Martna_vallavalitsus, lk 42
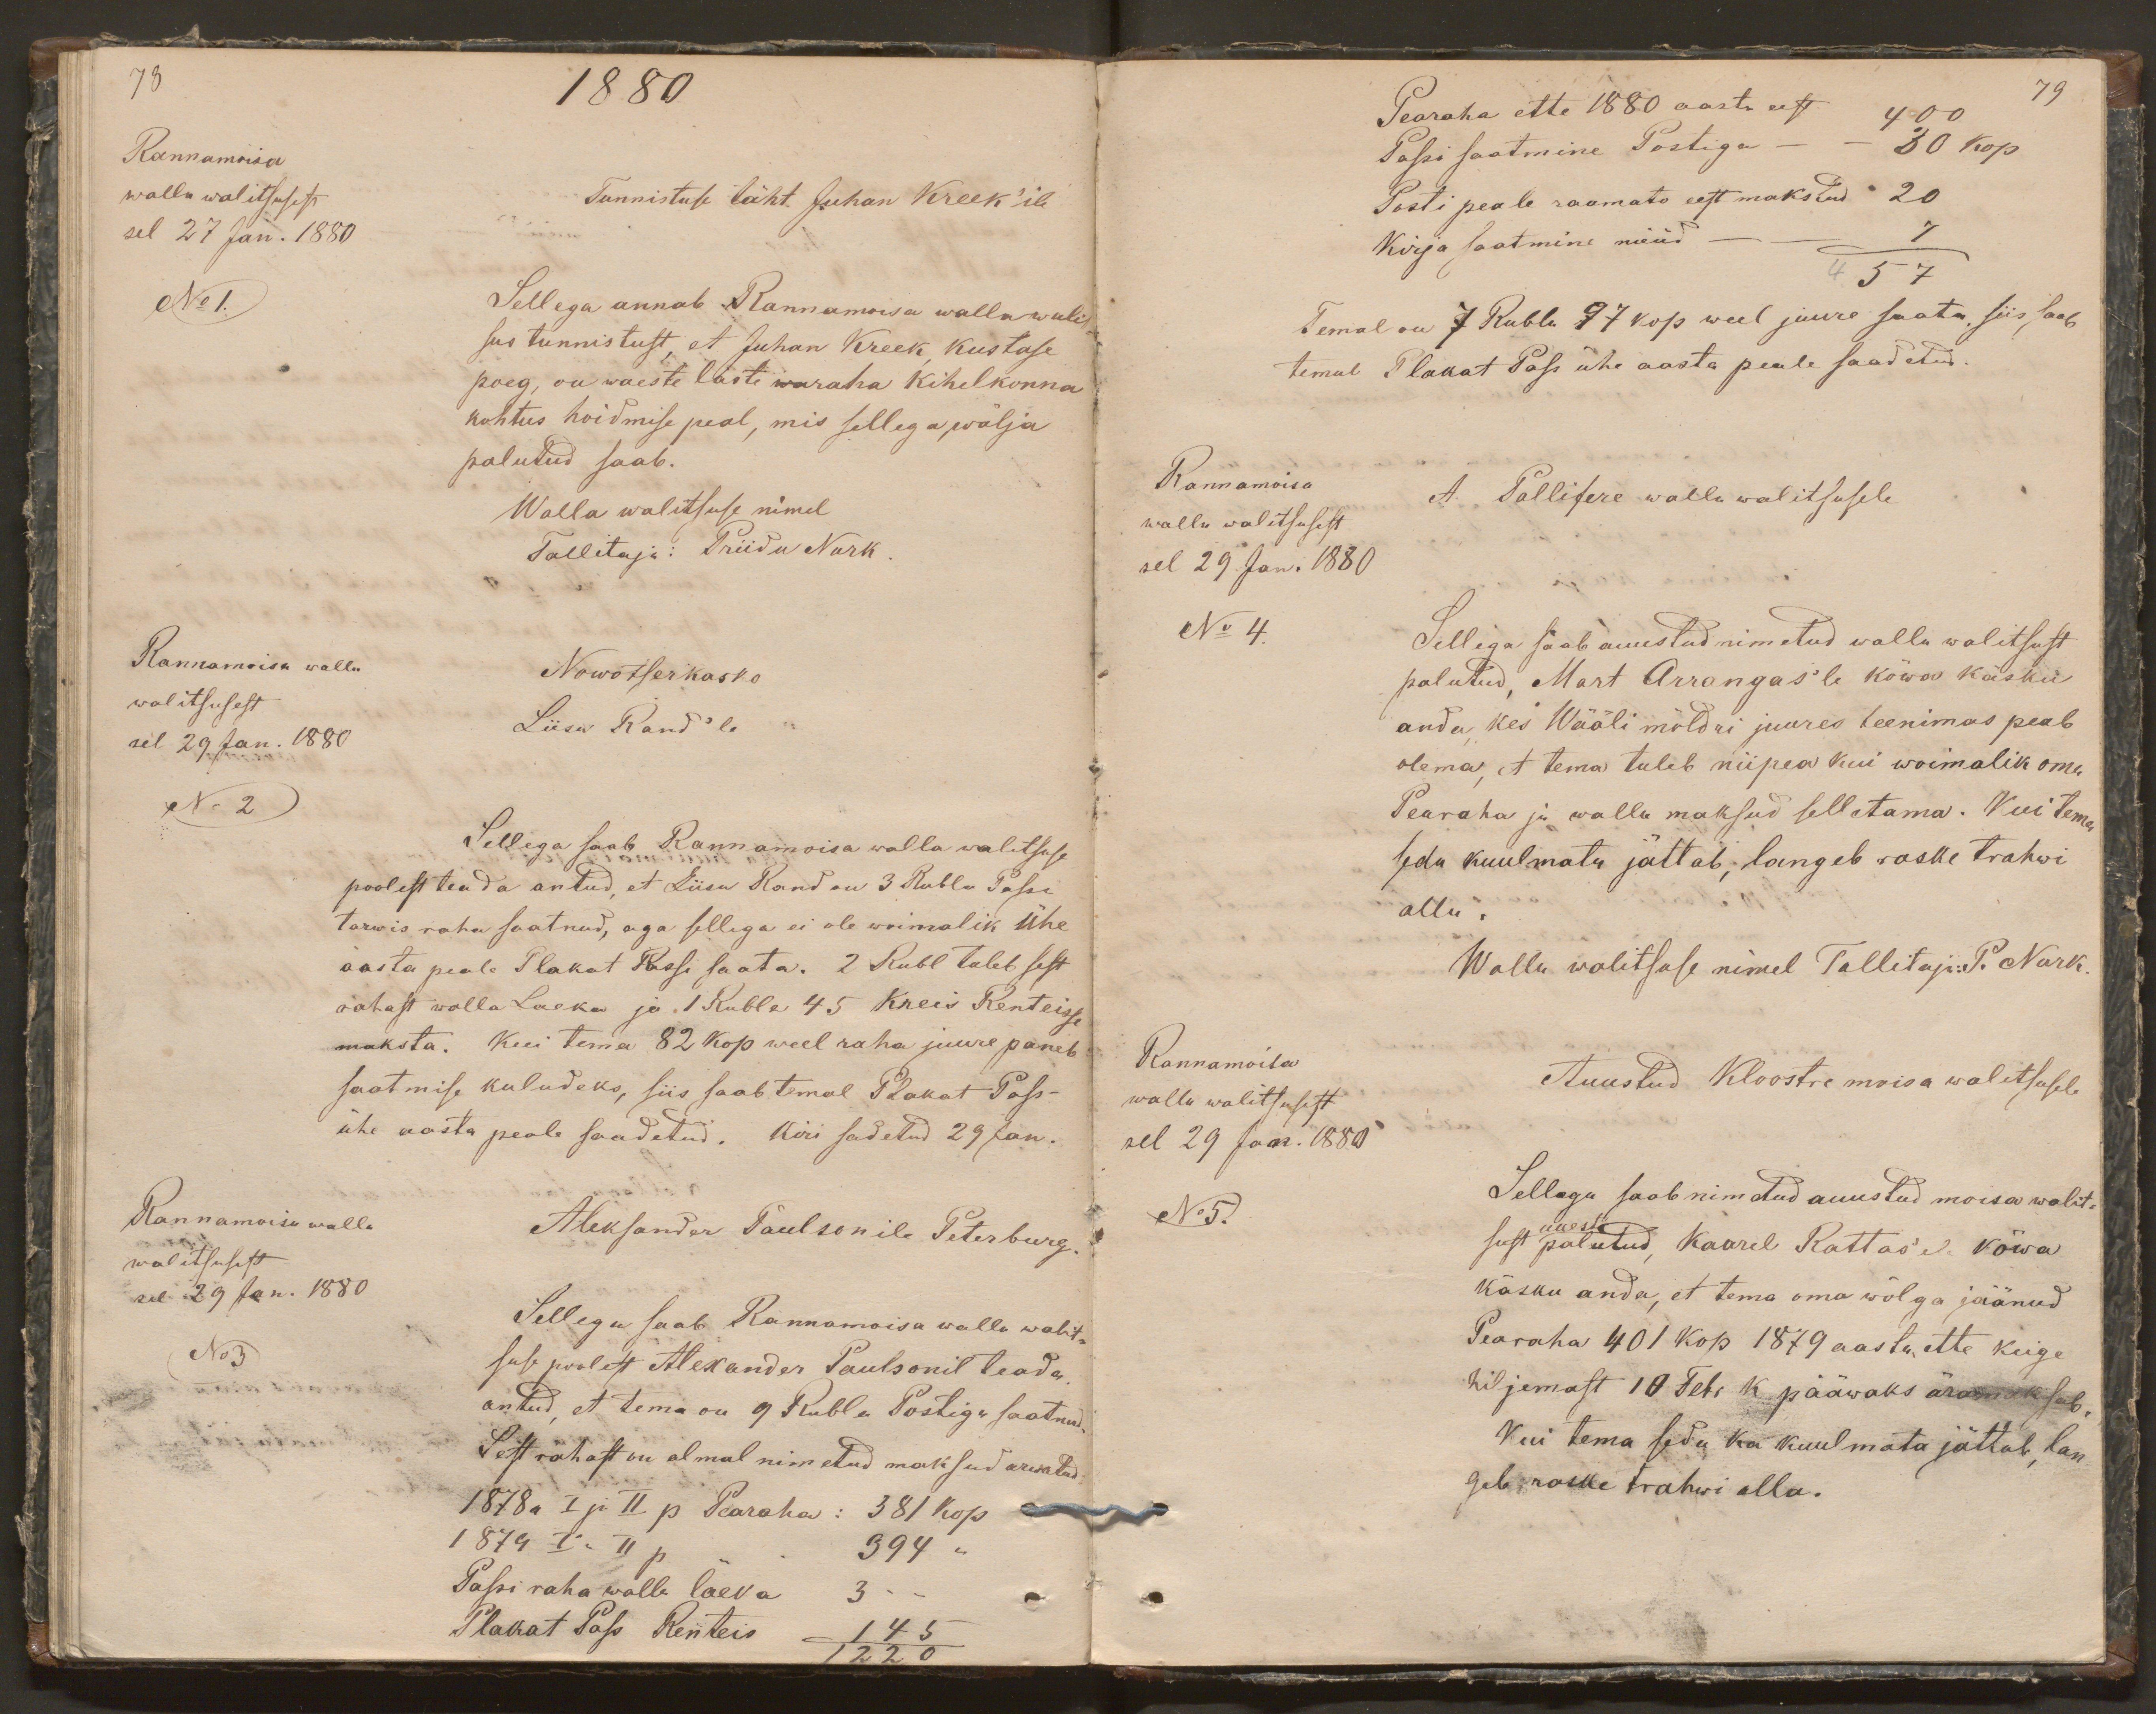
78
1880
Rannamoisa
walla walitsusest
Tunnistuse täht. Juhan Kreek'ile
sel 27 Jan. 1880
No 1.
Sellega annab Rannamoisa wallawalit
sus tunnistust, et Juhan Kreek, Kustase
poeg, on waeste laste waraha kihelkonna
kohtus hoidmise peal, mis sellega wälja
palutud saab.
Walla walitsuse nimel
Tallitaja: Priidu Nurk.
Rannamoisa walla
Nowotserkasko
walitsusest
Liisu Rand'le
sel 29 Jan. 1880
No 2
Sellega saab Rannamoisa walla walitsuse
poolest teada antud, et Liisu Rand on 3 Rubla Passi
tarwis raha saatnud, aga sellega ei ole woimalik ühe
aasta peale Plakat Passi saata. 2 Rubl tuleb sest
rahast walla Laeka ja 1 Rubla 45 kreis Renteisse
maksta. Kui tema 82 kop weel raha juure paneb
saatmise kuludeks, siis saab temal Plakat Pass
ühe aasta peale saadetud. Kiri sadetud 29 Jan.
Rannamoisa walla
walitsusest
Aleksander Paulsonile Peterburg.
sel 29 Jan. 1880
Sellega saab Rannamoisa walla walit-
No 3
suse poolest Alexander Paulsonil teada
antud, et tema on 9 Rubla Postiga saatnud
Sest rahast on almal nimetud maksud arwatud
1878a I ja II p Pearaha: 381 kop
1879 I " II p " 394 "
Passi raha walla laeka 3 - -
Plakat Pass Renteis
145/1220

79
Pearaha ette 1880 aasta eest 400
Passi saatmine Postiga - - 30 kop
Posti peale raamato eest makstud 20
Kirja saatmine nüüd
7/457
Temal on 7 Rubla 27 kop weel juure saata, siis saab
temal Plakat Pass ühe aasta peale saadetud.
Rannamoisa
walla walitsusest
A. Pallifere walla walitsusele
sel 29 Jan. 1880
No 4.
Sellega saab auustud nimetud walla walitsust
palutud, Mart Arrangas'le kõwa käsku
anda, kes Wääli möldri juures teenimas peab
olema, et tema tuleb niipea kui wõimalik oma
Pearaha ja walla maksud selletama. Kui tema
seda kuulmata jättab, langeb raske trahwi
alla.
Walla walitsuse nimel Tallitaja: P. Nurk.
Rannamoisa
walla walitsusest
Auustud Kloostre moisa walitsusele
sel 29 Jan. 1880
No 5.
Sellega saab nimetud auustud moisa walit-
uuesti
sust palutud, Kaarel Rattas'ele kõwa
käsku anda, et tema oma wõlga jäänud
Pearaha 401 kop 1879 aasta ette keige
hiljemast 10 Febr k. pääwaks äramaksab
Kui tema seda ka kuulmata jättab, lan-
geb raske trahwi alla.